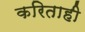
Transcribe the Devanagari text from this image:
करिताही